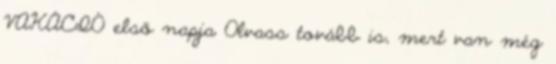
VAKÁCIÓ első napja Olvass tovább is, mert van még